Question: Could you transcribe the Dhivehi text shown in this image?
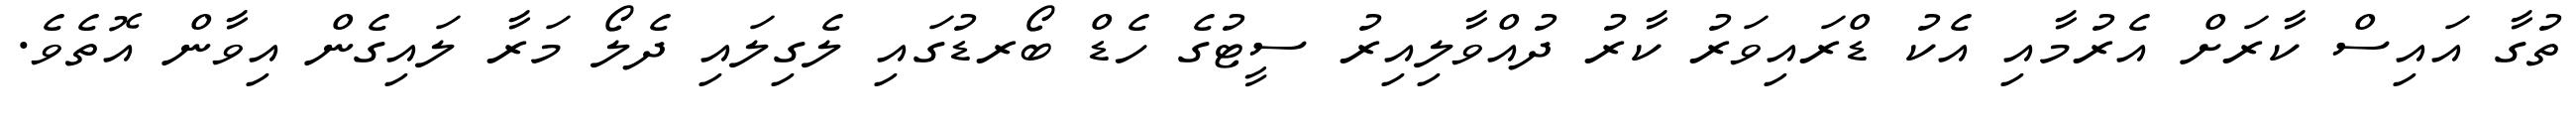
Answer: ތުގާ އައިސް ކާރަށް އެރުމާއި އެކު ޑްރައިވަރު ކާރު ދުއްވާލިއިރު ސީޓުގެ ހެޑް ބޯރޑުގައި ލެގިލައި ދެލޯ މަރާ ލައިގެން އިވާން އޮތެވެ.